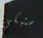
ستبكي